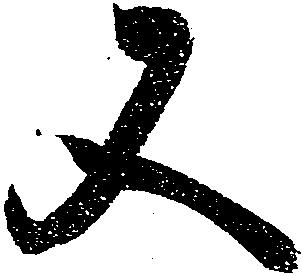
又